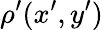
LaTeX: \rho^{\prime}(x^{\prime},y^{\prime})